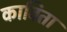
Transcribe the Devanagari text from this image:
काविता